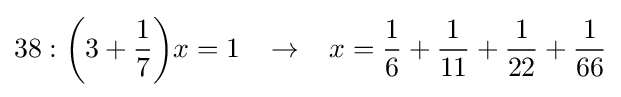
38:{\bigg (}3+{\frac {1}{7}}{\bigg )}x=1\;\;\;\rightarrow \;\;\;x={\frac {1}{6}}+{\frac {1}{11}}+{\frac {1}{22}}+{\frac {1}{66}}